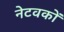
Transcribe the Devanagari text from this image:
नेटवकों